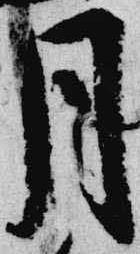
月